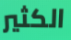
الكثير